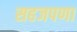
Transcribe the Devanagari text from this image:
सहजपणा